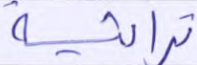
تراثية